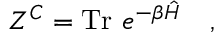
Z ^ { C } = \mathrm { T r } ~ e ^ { - \beta \hat { \cal H } } ~ ~ ~ ,